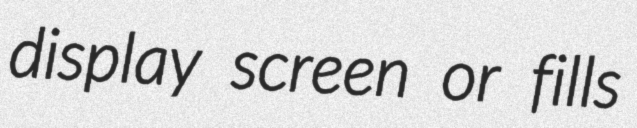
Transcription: display screen or fills